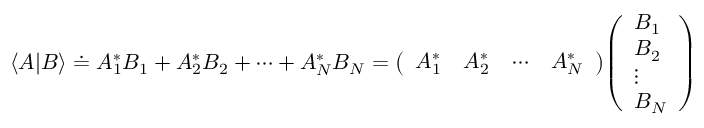
\langle A | B \rangle \doteq A _ { 1 } ^ { * } B _ { 1 } + A _ { 2 } ^ { * } B _ { 2 } + \cdots + A _ { N } ^ { * } B _ { N } = { \left( \begin{array} { l l l l } { A _ { 1 } ^ { * } } & { A _ { 2 } ^ { * } } & { \cdots } & { A _ { N } ^ { * } } \end{array} \right) } { \left( \begin{array} { l } { B _ { 1 } } \\ { B _ { 2 } } \\ { \vdots } \\ { B _ { N } } \end{array} \right) }